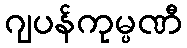
ဂျပန်ကုမ္ပဏီ